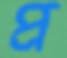
প্র